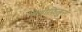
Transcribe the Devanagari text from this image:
हेमोफिलुस